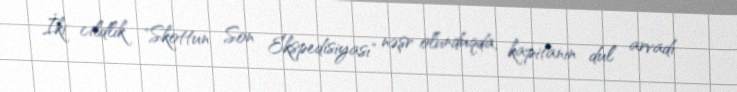
İki cildlik "Skottun Son Ekspedisiyası" nəşr olunduqda, kapitanın dul arvadı